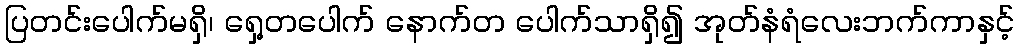
ပြတင်းပေါက်မရှိ၊ ရှေ့တပေါက် နောက်တ ပေါက်သာရှိ၍ အုတ်နံရံလေးဘက်ကာနှင့်